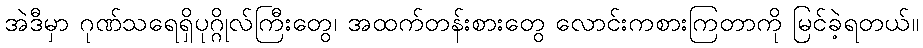
အဲဒီမှာ ဂုဏ်သရေရှိပုဂ္ဂိုလ်ကြီးတွေ၊ အထက်တန်းစားတွေ လောင်းကစားကြတာကို မြင်ခဲ့ရတယ်။